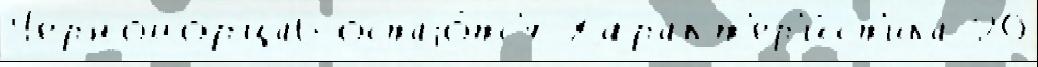
Черноморца6 остаjо́тс'я Характ'ер'и́ст'ика 20